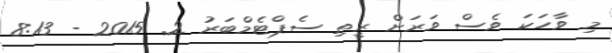
މި ވާހަކަ ވެސް ވަރަށް ރީތި ސެޕްޓެމްބަރު 2